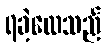
ရခဲ့လေသည်